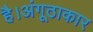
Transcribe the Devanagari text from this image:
है।अंगूठाकार